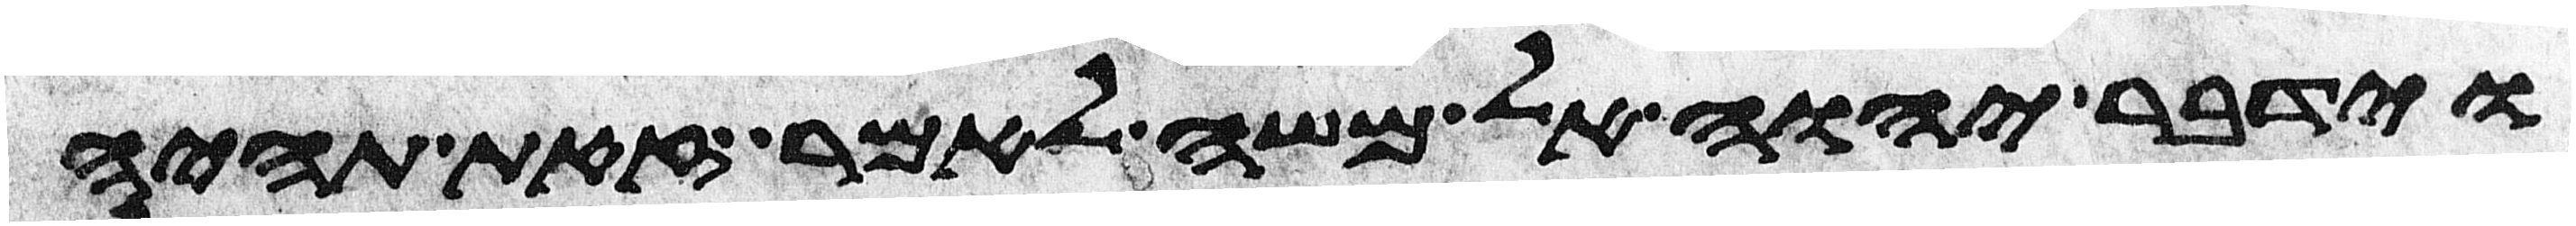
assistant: וידבר יהוה אל משה לאמר זאת תהיה